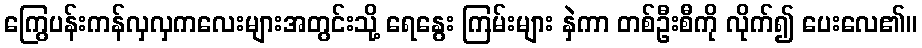
ကြွေပန်းကန်လှလှကလေးများအတွင်းသို့ ရေနွေး ကြမ်းများ နှဲကာ တစ်ဦးစီကို လိုက်၍ ပေးလေ၏။